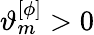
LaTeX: \vartheta_{m}^{[\phi]}>0